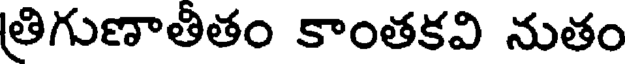
త్రిగుణాతితం కాంతకవి నుతం